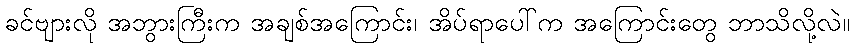
ခင်ဗျားလို အဘွားကြီးက အချစ်အကြောင်း၊ အိပ်ရာပေါ်က အကြောင်းတွေ ဘာသိလို့လဲ။